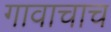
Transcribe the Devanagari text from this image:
गावाचाच